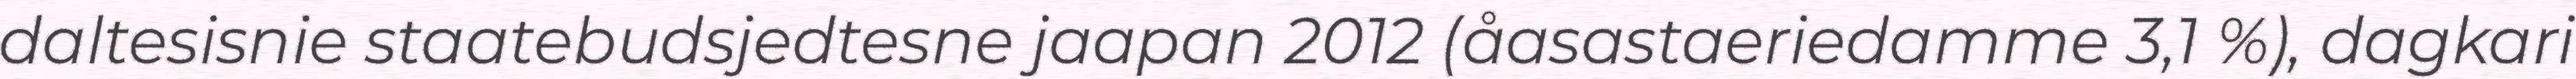
daltesisnie staatebudsjedtesne jaapan 2012 (åasastaeriedamme 3,1 %), dagkari